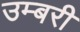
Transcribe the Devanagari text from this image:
उम्बरी